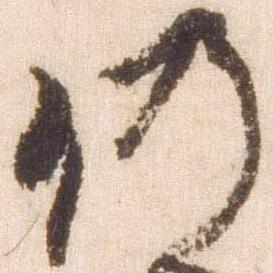
仍